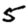
Digit: 5